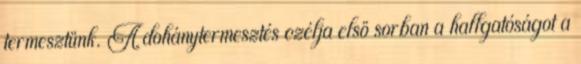
termesztünk. A dohánytermesztés czélja elsö sorban a hallgatóságot a